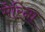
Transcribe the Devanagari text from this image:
मेरिना